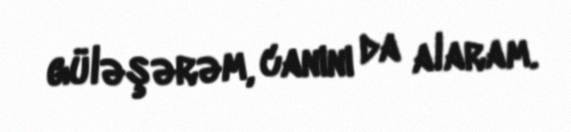
güləşərəm, canını da alaram.